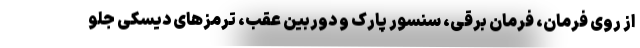
از روی فرمان، فرمان برقی، سنسور پارک و دوربین عقب، ترمزهای دیسکی جلو